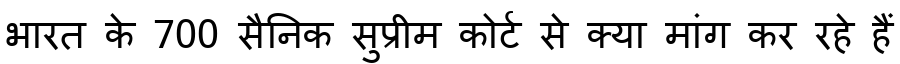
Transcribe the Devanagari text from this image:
भारत के 700 सैनिक सुप्रीम कोर्ट से क्या मांग कर रहे हैं